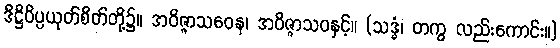
ဒိဋ္ဌိဝိပ္ပယုတ်စိတ်တို့၌။ အဝိဇ္ဇာသဝေန၊ အဝိဇ္ဇာသဝနှင့်။ (သဒ္ဓံ၊ တကွ လည်းကောင်း။)